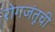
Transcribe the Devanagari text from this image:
रोगजंतूची